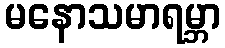
မနောသမာရမ္ဘာ